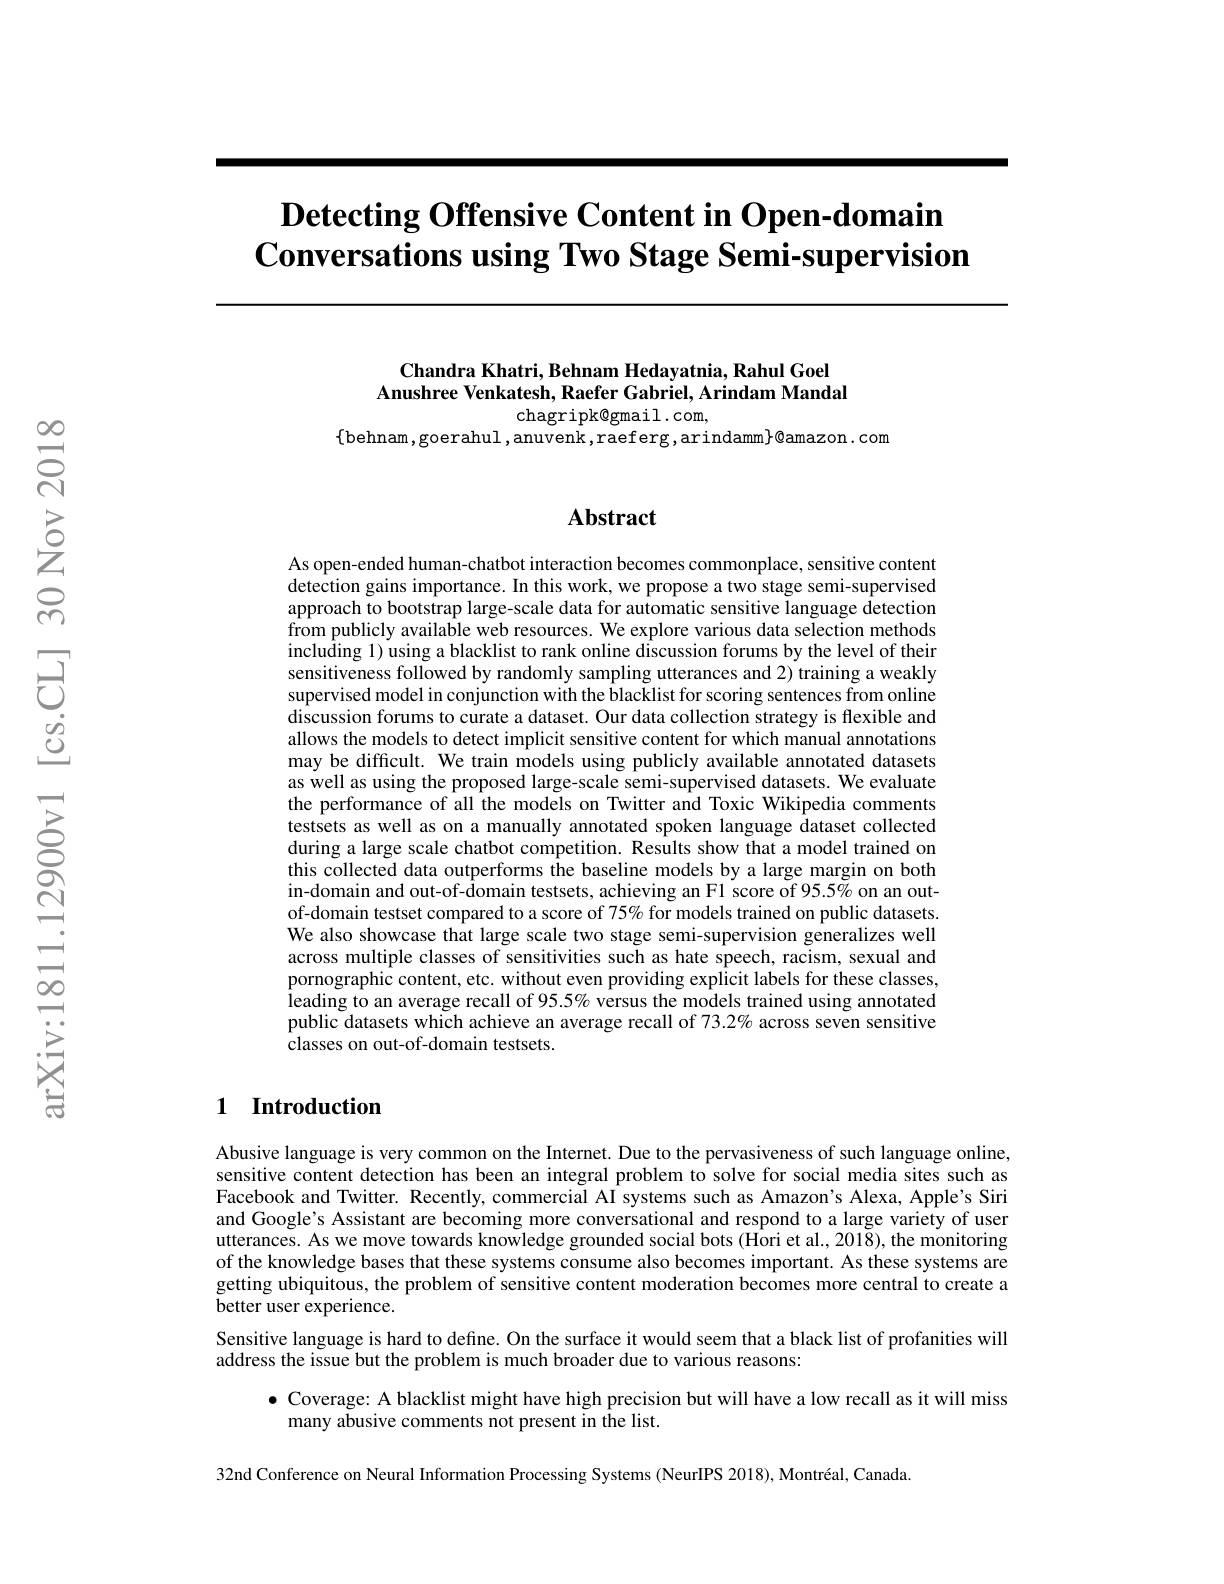
# $\textbf{Detecting Offensive Content in Open- domain}$ $\textbf{Conversations using Two Stage Semi- supervision}$

### Chandra Khatri, Behnam Hedayatnia, Rahul Goel Anushree Venkatesh, Raefer Gabriel, Arindam Mandal chagripk@gmail.com,

$\{$behnam,goerahul,anuvenk,raeferg,arindamm$\}@$amazon.com

$હ્રિં$

## Abstract

As open-ended human-chatbot interaction becomes commonplace, sensitive content detection gains importance. In this work, we propose a two stage semi-supervised approach to bootstrap large-scale data for automatic sensitive language detection from publicly available web resources. We explore various data selection methods including 1) using a blacklist to rank online discussion forums by the level of their sensitiveness followed by randomly sampling utterances and 2) training a weakly supervised model in conjunction with the blacklist for scoring sentences from online discussion forums to curate a dataset. Our data collection strategy is flexible and allows the models to detect implicit sensitive content for which manual annotations may be difficult. We train models using publicly available annotated datasets as well as using the proposed large-scale semi-supervised datasets. We evaluate the performance of all the models on Twitter and Toxic Wikipedia comments testsets as well as on a manually annotated spoken language dataset collected during a large scale chatbot competition. Results show that a model trained on this collected data outperforms the baseline models by a large margin on both in-domain and out-of-domain testsets, achieving an F1 score of 95.5% on an outof-domain testset compared to a score of 75% for models trained on public datasets. We also showcase that large scale two stage semi-supervision generalizes well across multiple classes of sensitivities such as hate speech, racism, sexual and pornographic content, etc. without even providing explicit labels for these classes, leading to an average recall of 95.5% versus the models trained using annotated public datasets which achieve an average recall of $73.2\%$ across seven sensitive classes on out-of-domain testsets.

## 1 Introduction

Abusive language is very common on the Internet. Due to the pervasiveness of such language online, sensitive content detection has been an integral problem to solve for social media sites such as Facebook and Twitter. Recently, commercial AI systems such as Amazon's Alexa, Apple's Siri and Google's Assistant are becoming more conversational and respond to a large variety of user utterances. As we move towards knowledge grounded social bots (Hori et al., 2018), the monitoring of the knowledge bases that these systems consume also becomes important. As these systems are getting ubiquitous, the problem of sensitive content moderation becomes more central to create a better user experience.
Sensitive language is hard to define. On the surface it would seem that a black list of profanities will
address the issue but the problem is much broader due to various reasons:

$\bullet$ Coverage: A blacklist might have high precision but will have a low recall as it will miss
many abusive comments not present in the list.

32nd Conference on Neural Information Processing Systems (NeurIPS 2018), Montréal, Canada